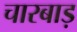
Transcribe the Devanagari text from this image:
चारबाड़